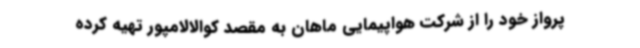
پرواز خود را از شرکت هواپیمایی ماهان به مقصد کوالالامپور تهیه کرده